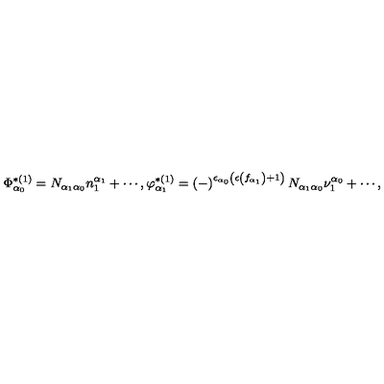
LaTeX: \Phi _ { \alpha _ { 0 } } ^ { * ( 1 ) } = N _ { \alpha _ { 1 } \alpha _ { 0 } } n _ { 1 } ^ { \alpha _ { 1 } } + \cdots , \varphi _ { \alpha _ { 1 } } ^ { * ( 1 ) } = \left( - \right) ^ { \epsilon _ { \alpha _ { 0 } } \left( \epsilon \left( f _ { \alpha _ { 1 } } \right) + 1 \right) } N _ { \alpha _ { 1 } \alpha _ { 0 } } \nu _ { 1 } ^ { \alpha _ { 0 } } + \cdots ,